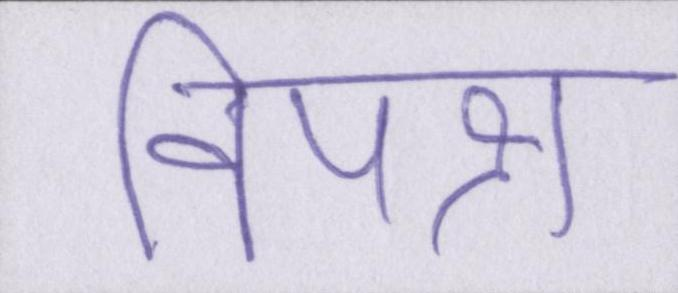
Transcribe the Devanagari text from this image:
विपक्ष